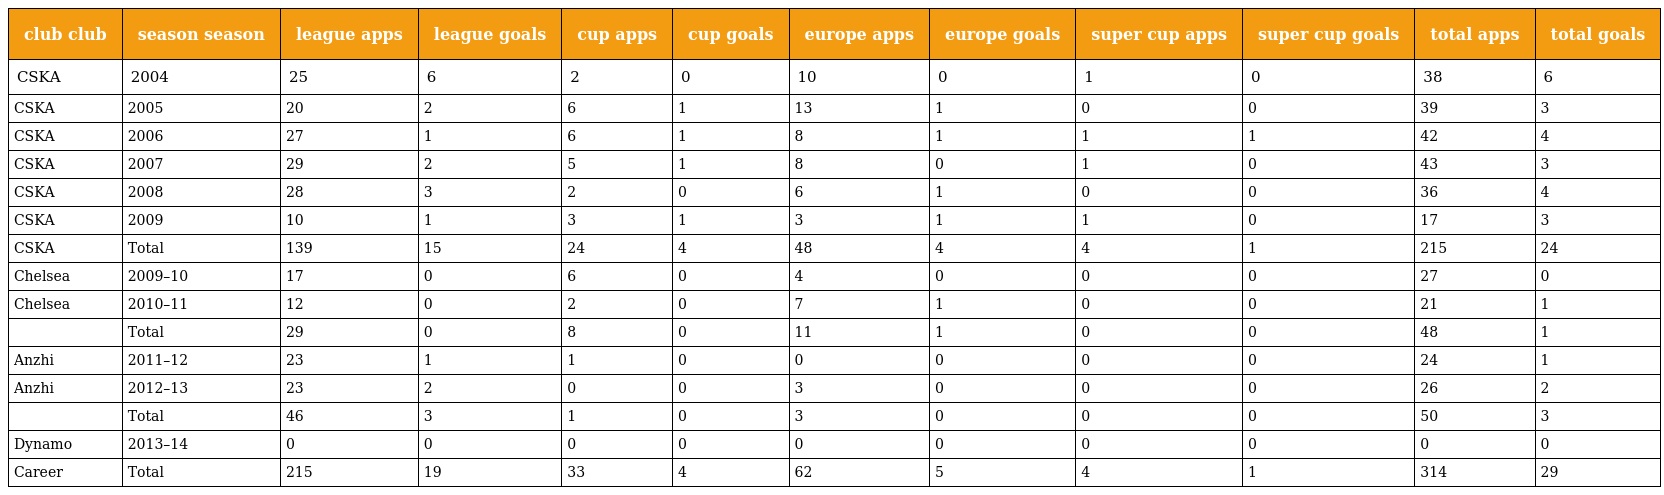
| club club | season season | league apps | league goals | cup apps | cup goals | europe apps | europe goals | super cup apps | super cup goals | total apps | total goals |
 | --- | --- | --- | --- | --- | --- | --- | --- | --- | --- | --- | --- |
 | CSKA | 2004 | 25 | 6 | 2 | 0 | 10 | 0 | 1 | 0 | 38 | 6 |
 | CSKA | 2005 | 20 | 2 | 6 | 1 | 13 | 1 | 0 | 0 | 39 | 3 |
 | CSKA | 2006 | 27 | 1 | 6 | 1 | 8 | 1 | 1 | 1 | 42 | 4 |
 | CSKA | 2007 | 29 | 2 | 5 | 1 | 8 | 0 | 1 | 0 | 43 | 3 |
 | CSKA | 2008 | 28 | 3 | 2 | 0 | 6 | 1 | 0 | 0 | 36 | 4 |
 | CSKA | 2009 | 10 | 1 | 3 | 1 | 3 | 1 | 1 | 0 | 17 | 3 |
 | CSKA | Total | 139 | 15 | 24 | 4 | 48 | 4 | 4 | 1 | 215 | 24 |
 | Chelsea | 2009–10 | 17 | 0 | 6 | 0 | 4 | 0 | 0 | 0 | 27 | 0 |
 | Chelsea | 2010–11 | 12 | 0 | 2 | 0 | 7 | 1 | 0 | 0 | 21 | 1 |
 |  | Total | 29 | 0 | 8 | 0 | 11 | 1 | 0 | 0 | 48 | 1 |
 | Anzhi | 2011–12 | 23 | 1 | 1 | 0 | 0 | 0 | 0 | 0 | 24 | 1 |
 | Anzhi | 2012–13 | 23 | 2 | 0 | 0 | 3 | 0 | 0 | 0 | 26 | 2 |
 |  | Total | 46 | 3 | 1 | 0 | 3 | 0 | 0 | 0 | 50 | 3 |
 | Dynamo | 2013–14 | 0 | 0 | 0 | 0 | 0 | 0 | 0 | 0 | 0 | 0 |
 | Career | Total | 215 | 19 | 33 | 4 | 62 | 5 | 4 | 1 | 314 | 29 |